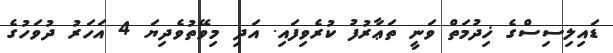
ޑައިލިސިސްގެ ޚިދުމަތް ވަނީ ތަޢާރުފު ކުރެވިފައި. އަދި މިވޭތުވެދިޔަ 4 އަހަރު ދުވަހުގެ